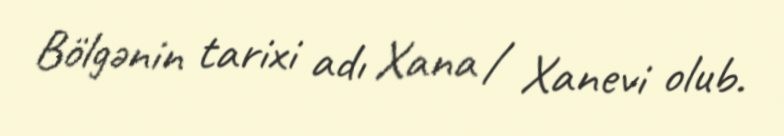
Bölgənin tarixi adı Xana / Xanevi olub.